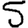
Digit: 5